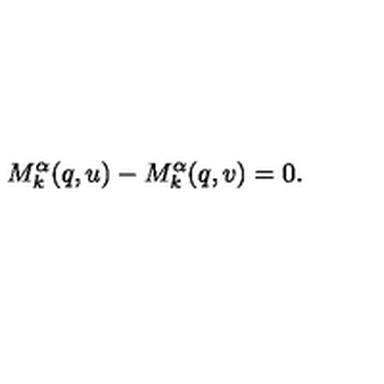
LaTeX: M _ { k } ^ { \alpha } ( q , u ) - M _ { k } ^ { \alpha } ( q , v ) = 0 .